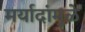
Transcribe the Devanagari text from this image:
मर्यादांमुळे